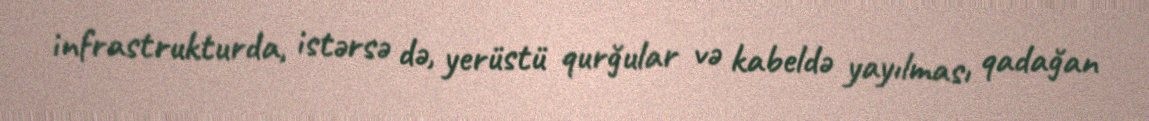
infrastrukturda, istərsə də, yerüstü qurğular və kabeldə yayılması qadağan